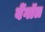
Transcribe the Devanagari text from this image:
बेंगॉल